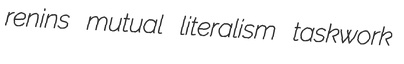
renins mutual literalism taskwork